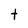
Character: t